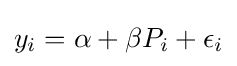
y_{i}=\alpha +\beta P_{i}+\epsilon _{i}